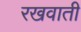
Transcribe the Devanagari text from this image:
रखवाती